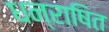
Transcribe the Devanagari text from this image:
धन्राषित